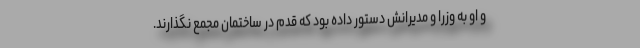
و او به وزرا و مدیرانش دستور داده بود که قدم در ساختمان مجمع نگذارند.